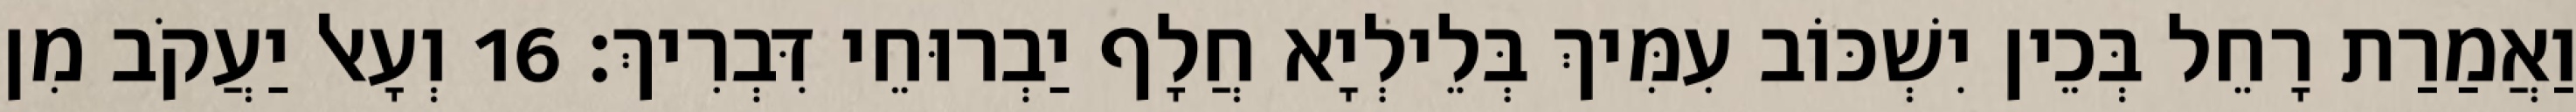
וַאֲמַרַת רָחֵל בְּכֵין יִשְׁכּוֹב עִמִּיךְ בְּלֵילְיָא חֲלָף יַבְרוּחֵי דִּבְרִיךְ׃ 16 וְעָאל יַעֲקֹב מִן